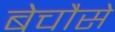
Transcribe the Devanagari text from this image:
बेचौसे